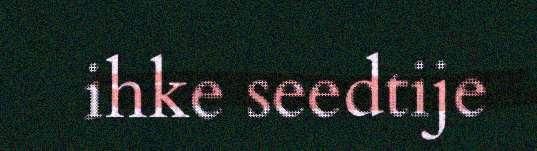
ihke seedtije